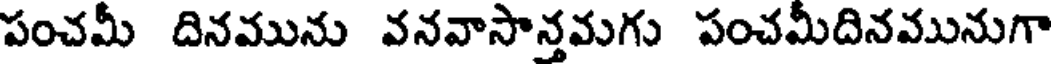
పంచమీ దినమును వనవాసాన్తమగు పంచమీదినమునుగా